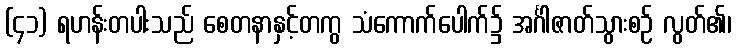
(၄၁) ရဟန်းတပါးသည် စေတနာနှင့်တကွ သံကောက်ပေါက်၌ အင်္ဂါဇာတ်သွားစဉ် လွတ်၏၊